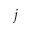
j